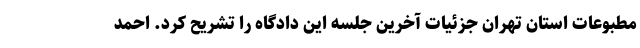
مطبوعات استان تهران جزئیات آخرین جلسه این دادگاه را تشریح کرد. احمد